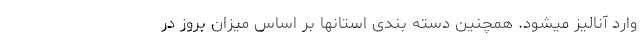
وارد آنالیز میشود. همچنین دسته بندی استانها بر اساس میزان بروز در